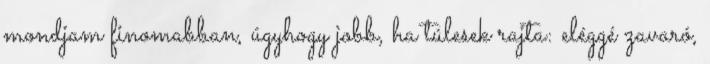
mondjam finomabban, úgyhogy jobb, ha túlesek rajta: eléggé zavaró,